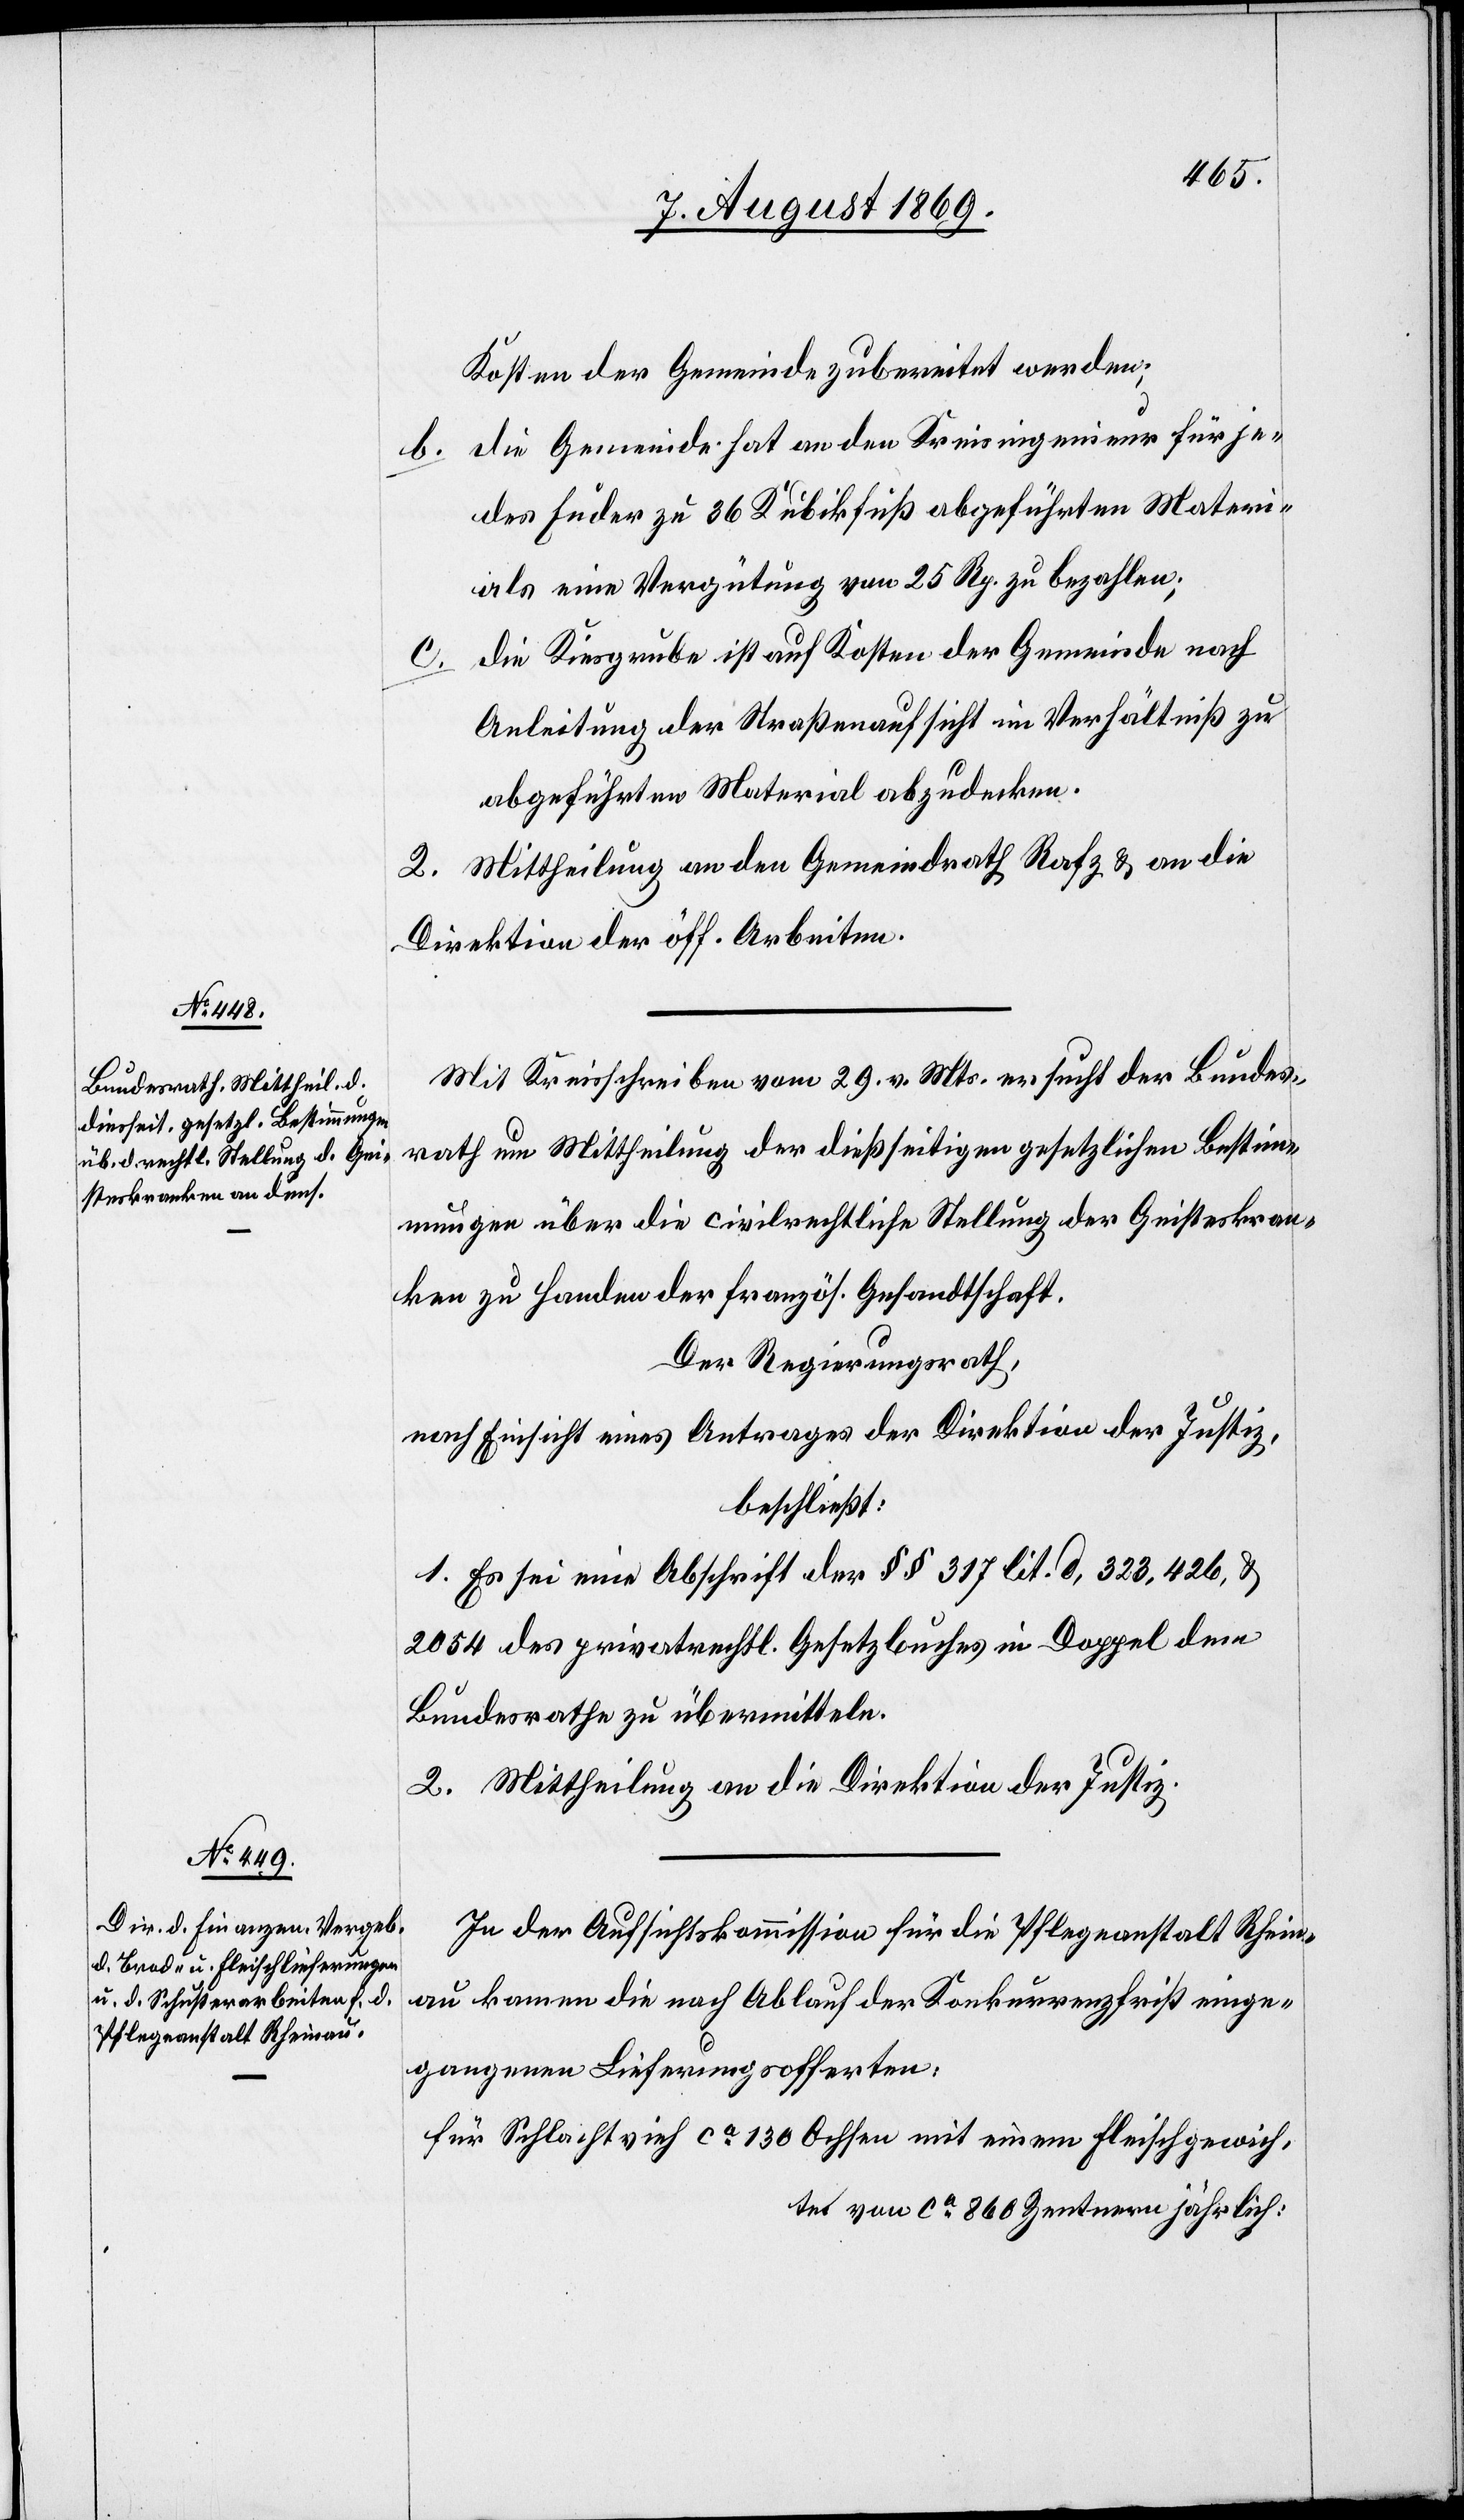
Kosten der Gemeinde zubereitet werden;
b. Die Gemeinde hat an den Kreisingenieur für je¬
des Fuder zu 36 Kubikfuß abgeführten Materi¬
als eine Vergütung von 25 Rp. zu bezahlen;
Die Kiesgrube ist auf Kosten der Gemeinde nach
Anleitung der Straßenaufsicht im Verhältniß zu
abgeführten Material [sic!] abzudecken.
2. Mittheilung an den Gemeindrath Rafz & an die
Direktion der öff. Arbeiten.
Mit Kreisschreiben vom 29 v. Mts. ersucht der Bundes¬
rath um Mittheilung der dießseitigen gesetzlichen Bestim¬
mungen über die civilrechtliche Stellung der Geisteskran¬
ken zu Handen der französ. Gesandtschaft.
Der Regierungsrath,
nach Einsicht eines Antrages der Direktion der Justiz,
beschließt:
1. Es sei eine Abschrift der §§ 317 lit. d, 323, 426, &
2054 des privatrechtl. Gesetzbuches in Doppel dem
Bundesrathe zu übermitteln.
2. Mittheilungen an die Direktion der Justiz.
In der Aufsichtskommission für die Pflegeanstalt Rhein¬
au kamen die nach Ablauf der Konkurrenzfrist einge¬
gangenen Lieferungsofferten:
für Schlachtvieh ca 130 Ochsen mit einem Fleischgewicht,
von ca 860 Zentnern jährlich: